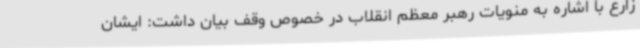
زارع با اشاره به منویات رهبر معظم انقلاب در خصوص وقف بیان داشت: ایشان